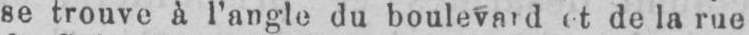
et de la rue